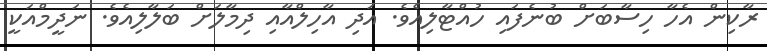
ރާކިން އެހާ ހިސާބަށް ބުނެފައި ހުއްޓާލިއެވެ. އަދި އާހިލްއާއި ދިމާލަށް ބަލާލިއެވެ. ނަދީމްއަކީ